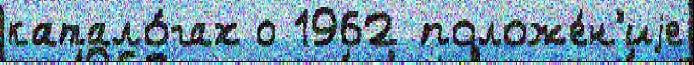
катало́гах о 1962 положе́н'иjе